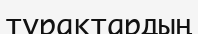
тұрактардың